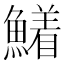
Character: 𮬍